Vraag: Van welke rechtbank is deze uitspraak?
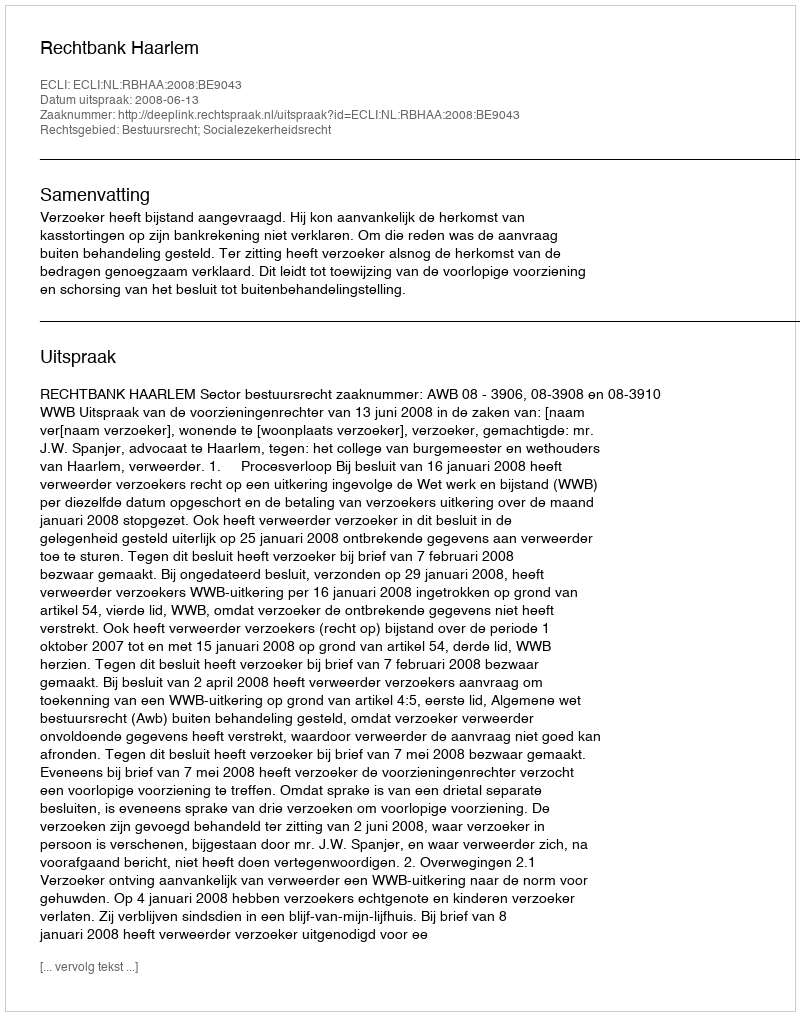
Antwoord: Rechtbank Haarlem